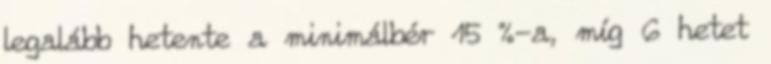
legalább hetente a minimálbér 15 %-a, míg 6 hetet